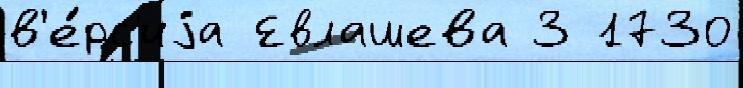
в'е́рс'иjа Евлашева 3 1730